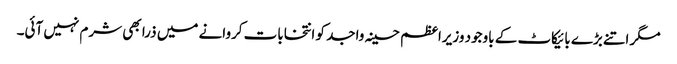
مگر اتنے بڑے بائیکاٹ کے باوجود وزیراعظم حسینہ واجد کو انتخابات کروانے میں ذرا بھی شرم نہیں آئی۔